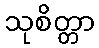
သုစိတ္တာ